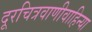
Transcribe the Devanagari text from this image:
दूरचित्रवाणीवाहिन्या